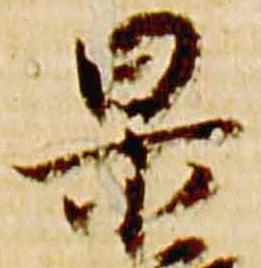
杲